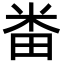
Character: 畨